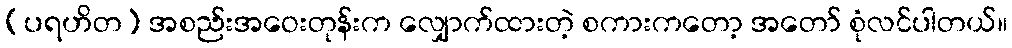
(ပရဟိတ) အစည်းအဝေးတုန်းက လျှောက်ထားတဲ့ စကားကတော့ အတော် စုံလင်ပါတယ်။